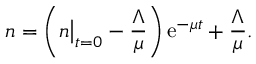
n = \left( n \big | _ { t = 0 } - \frac { \Lambda } { \mu } \right) \mathrm { e } ^ { - \mu t } + \frac { \Lambda } { \mu } .